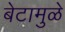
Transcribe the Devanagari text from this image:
बेटामुळे